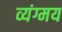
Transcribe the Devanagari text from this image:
व्यंग्मय